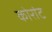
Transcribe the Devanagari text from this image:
कोरांट